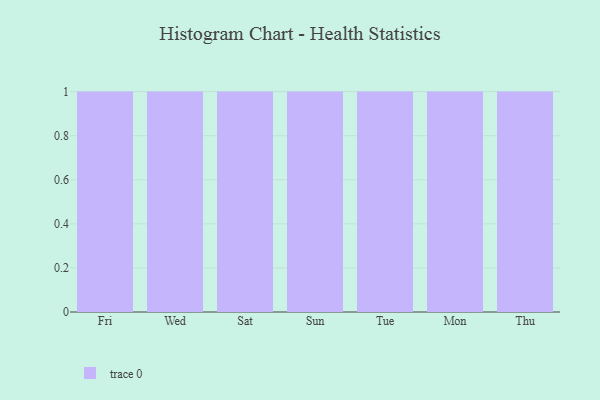
{"axis": {"x": "Day", "y": "Market Share (%)"}, "legend": [""], "data": [{"x": "Fri", "y": 5, "type": ""}, {"x": "Wed", "y": 48, "type": ""}, {"x": "Sat", "y": 82, "type": ""}, {"x": "Sun", "y": 15, "type": ""}, {"x": "Tue", "y": 65, "type": ""}, {"x": "Mon", "y": 39, "type": ""}, {"x": "Thu", "y": 94, "type": ""}]}